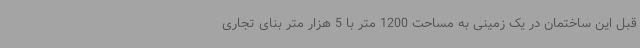
قبل این ساختمان در یک زمینی به مساحت 1200 متر با 5 هزار متر بنای تجاری